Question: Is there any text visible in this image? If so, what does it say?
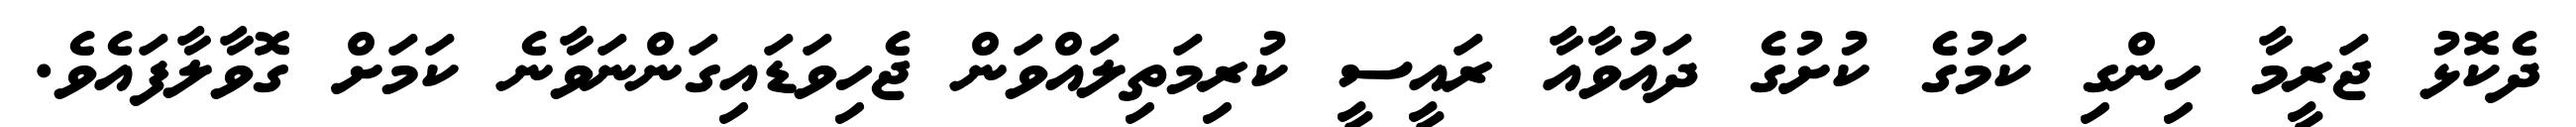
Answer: ދެކޮޅު ޖަރީމާ ހިންގި ކަމުގެ ކުށުގެ ދައުވާއާ ރައީސީ ކުރިމަތިލައްވަން ޖެހިވަޑައިގަންނަވާނެ ކަމަށް ގޮވާލާފައެވެ.